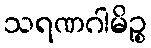
သရဏဂါမိဉ္စ